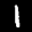
Label: 1